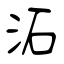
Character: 沰